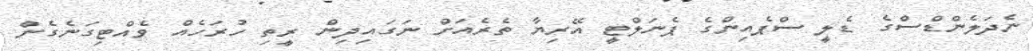
ނެދަލެންޑްސްގެ ޑެލީ ސްޕެއިންގެ ޕެނަލްޓީ އޭރިޔާ ތެރެއަށް ނަގައިދިން ރީތި ހުރަހެއް ވެއްޓިގަނެގެން